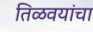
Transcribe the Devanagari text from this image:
तिळवयांचा